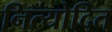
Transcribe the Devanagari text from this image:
नित्योदित